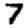
Digit: 7